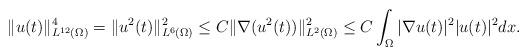
LaTeX: \begin{align*}\|u(t)\|^4_{L^{12}(\Omega)}=\|u^2(t)\|^2_{L^6(\Omega)}\leq C\|\nabla(u^2(t))\|^2_{L^2(\Omega)}\leq C\int_\Omega |\nabla u(t)|^2|u(t)|^2dx.\end{align*}